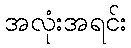
အလုံးအရင်း